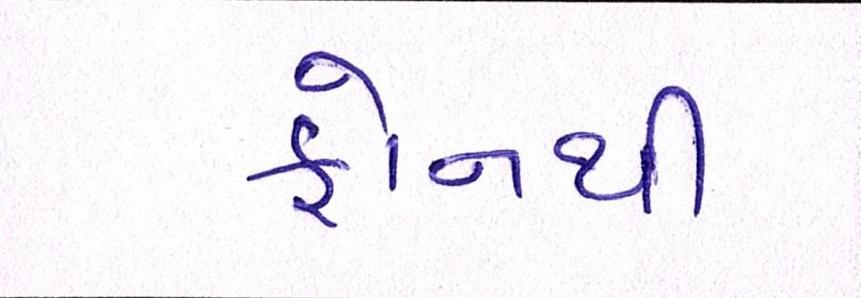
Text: ફોનથી